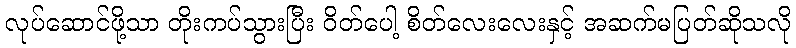
လုပ်ဆောင်ဖို့သာ တိုးကပ်သွားပြီး ဝိတ်ပေါ့ စိတ်လေးလေးနှင့် အဆက်မပြတ်ဆိုသလို